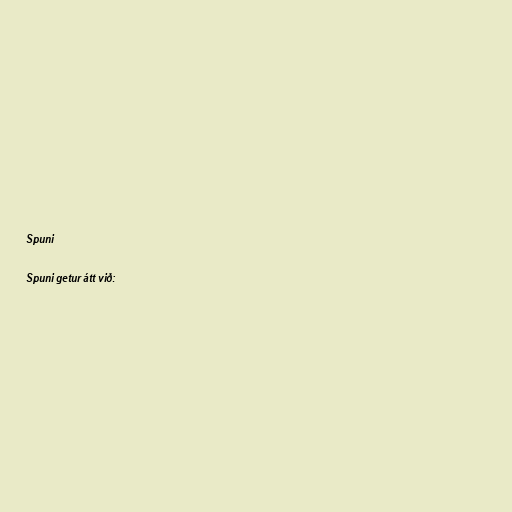
Spuni

Spuni getur átt við: